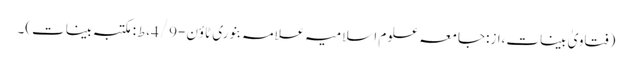
(فتاویٰ بینات،از:جامعہ علوم اسلامیہ علامہ بنوری ٹاؤن-4/9،ط:مکتبہ بینات)۔